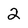
Character: 2